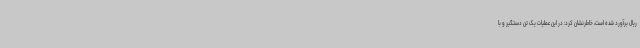
ریال برآورد شده است، خاطرنشان کرد: در این عملیات یک تن دستگیر و با